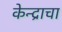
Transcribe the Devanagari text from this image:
केन्द्राचा